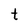
Character: t